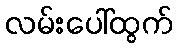
လမ်းပေါ်ထွက်